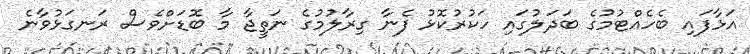
އަޅާފައި ބެހެއްޓުމުގެ ބަދަލުގައި ހަކުރުކޮޅު ފެނާ ގިރާލުމުގެ ނަތީޖާ މާ ބޮޑަށްވެސް ރަނގަޅުވާނެ